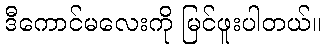
ဒီကောင်မလေးကို မြင်ဖူးပါတယ်။